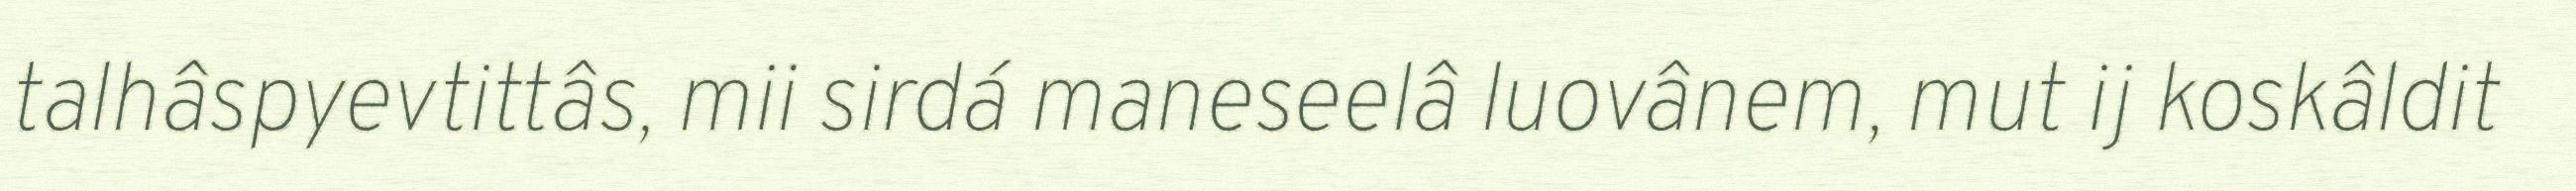
talhâspyevtittâs, mii sirdá maneseelâ luovânem, mut ij koskâldit